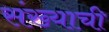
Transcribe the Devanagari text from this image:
संख्याची